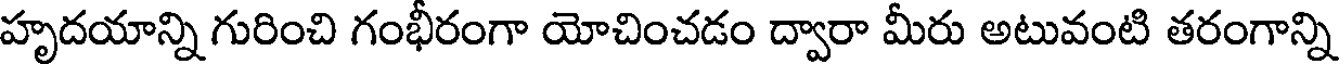
హృదయాన్ని గురించి గంభీరంగా యోచించడం ద్వారా మీరు అటువంటి తరంగాన్ని